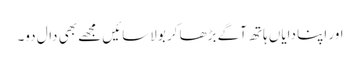
اور اپنا دایاں ہاتھ آگے بڑھا کر بولاسائیں مجھے بھی دال دو۔